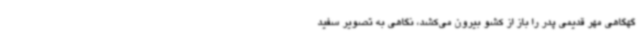
گهگاهی مهر قدیمی پدر را باز از کشو بیرون می‌کشد، نگاهی به تصویر سفید